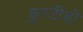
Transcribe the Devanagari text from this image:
कुरटीडो